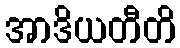
အာဒိယတီတိ